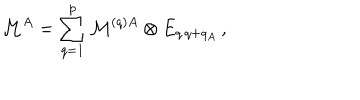
LaTeX: { \cal M } ^ { A } = \sum _ { q = 1 } ^ { p } { \cal M } ^ { ( q ) A } \otimes E _ { q \, q + q _ { A } } \, ,